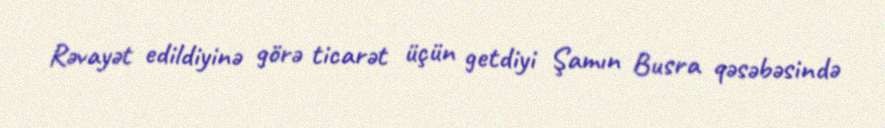
Rəvayət edildiyinə görə ticarət üçün getdiyi Şamın Busra qəsəbəsində